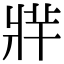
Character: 𤖁